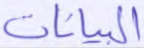
البيانات